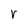
Character: r